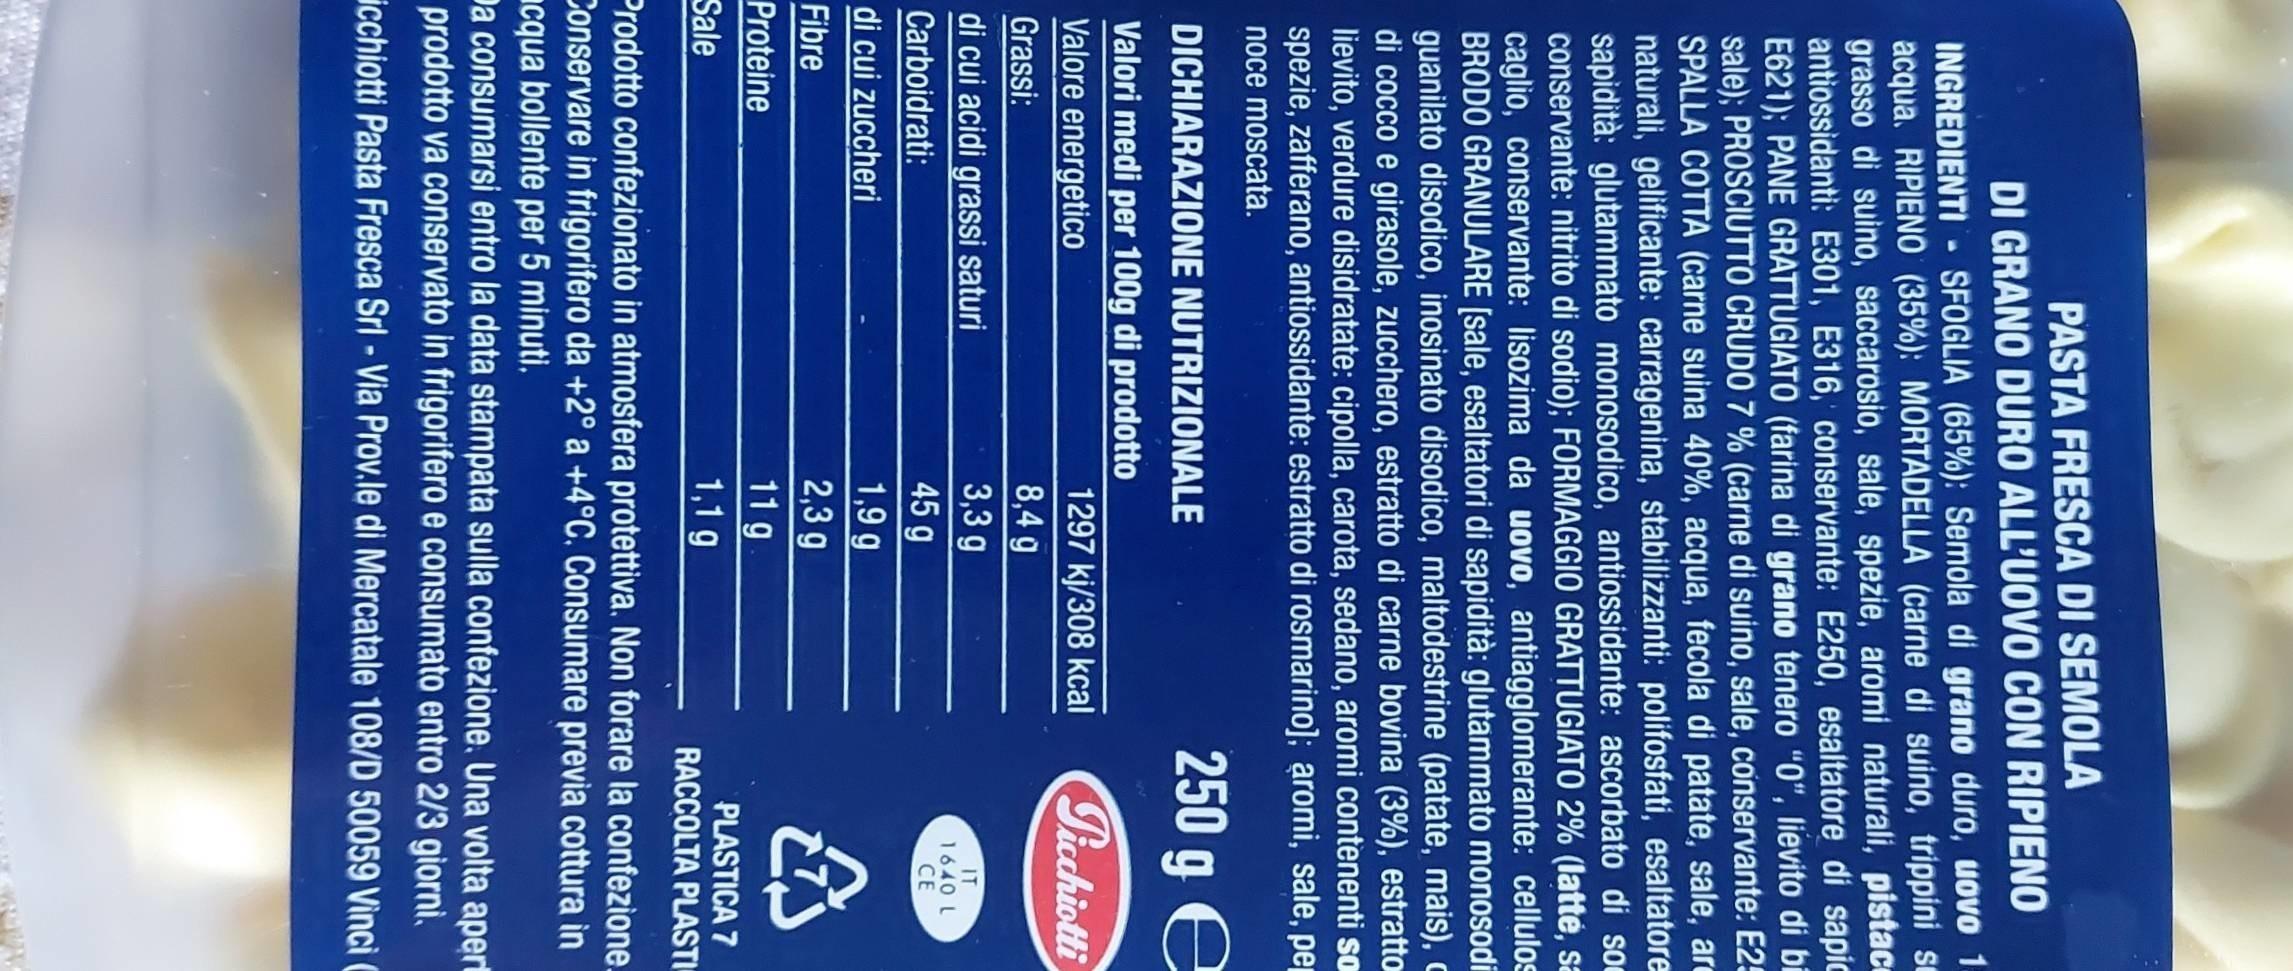
PASTA FRESCA DI SEMOLA
DI GRANO DURO ALL'UOVO CON RIPIENO
INGREDIENTI SFOGLIA (65%): Semola di grano duro, uovo 1 acqua. RIPIENO (35%): MORTADELLA (carne di suino, trippini se grasso di suino, saccarosio, sale, spezie, aromi naturali, pistace antiossidanti: E301, E316, conservante: E250, esaltatore di sapic E621); PANE GRATTUGIATO (farina di grano tenero "0", lievito di bi sale); PROSCIUTTO CRUDO 7 % (carne di suino, sale, conservante: E25 SPALLA COTTA (carne suina 40%, acqua, fecola di patate, sale, are naturali, gelificante: carragenina, stabilizzanti: polifosfati, esaltatore sapidità: glutammato monosodico, antiossidante: ascorbato di so conservante: nitrito di sodio); FORMAGGIO GRATTUGIATO 2% (latté, sa caglio, conservante: lisozima da uovo, antiagglomerante: cellulos BRODO GRANULARE [sale, esaltatori di sapidità: glutammato monosodi guanilato disodico, inosinato disodico, maltodestrine (patate, mais), c di cocco e girasole, zucchero, estratto di carne bovina (3%), estratto lievito, verdure disidratate: cipolla, carota, sedano, aromi contenenti so spezie, zafferano, antiossidante: estratto di rosmarino]; aromi, sale, pe noce moscata.
250 g e Ficchiotti
-
DICHIARAZIONE NUTRIZIONALE
Valori medi per 100g di prodotto
Valore energetico
Grassi:
di cui acidi grassi saturi
Carboidrati:
di cui zuccheri
Fibre
Proteine
Sale
1297 kj/308 kcal
8,4 g
3,3 g
45 g
1,9 g
2,3 g
11 g
1,1 g
IT 1640 L
CE
✰
PLASTICA 7 RACCOLTA PLASTI
Prodotto confezionato in atmosfera protettiva. Non forare la confezione_ Conservare in frigorifero da +2° a +4°C. Consumare previa cottura in acqua bollente per 5 minuti.
Da consumarsi entro la data stampata sulla confezione. Una volta apert prodotto va conservato in frigorifero e consumato entro 2/3 giorni. icchiotti Pasta Fresca Srl - Via Prov.le di Mercatale 108/D 50059 Vinci C